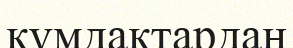
құмдақтардан